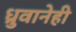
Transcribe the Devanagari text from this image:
ध्रुवानेही